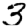
Digit: 3